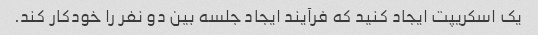
یک اسکریپت ایجاد کنید که فرآیند ایجاد جلسه بین دو نفر را خودکار کند.